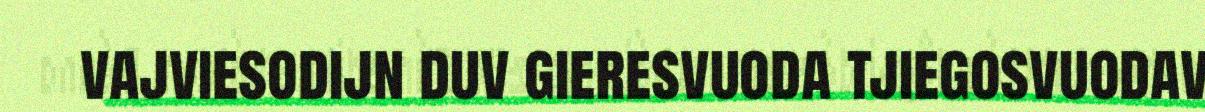
vajviesodijn duv gieresvuoda tjiegosvuodav